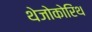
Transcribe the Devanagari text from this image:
थेजोकोरिंथ